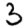
Digit: 3